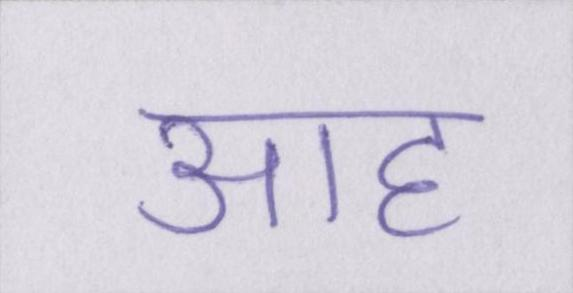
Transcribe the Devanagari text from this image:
आह